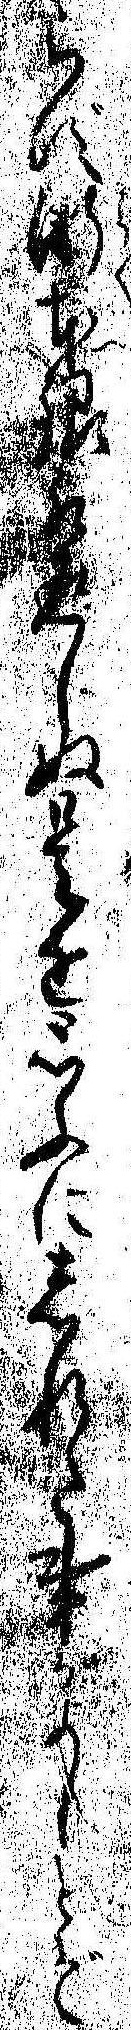
らず漸本銀取返しぬ是を思ふにしれた事がよしとぞ